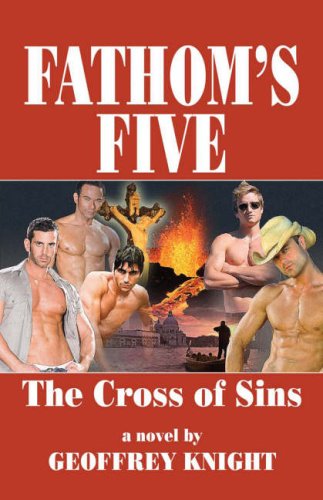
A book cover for The Cross of Sins (Fathom's Five, Vol. 1); Geoffrey Knight; Romance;